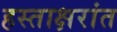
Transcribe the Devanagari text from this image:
हस्ताक्षरांत